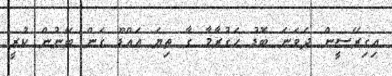
އިގިރޭސީން ދެވަނަ ބޮޑު ހަގުރާމާ ގާ ތިޔަ އައްޑޫ ގަން ބޭނުން ކުރީ